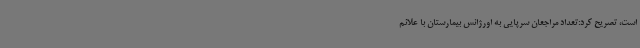
است، تصریح کرد:تعداد مراجعان سرپایی به اورژانس بیمارستان با علائم